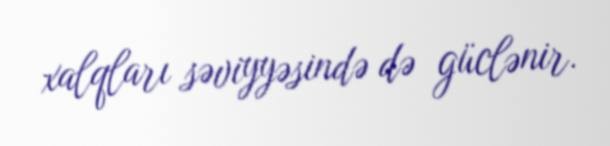
xalqları səviyyəsində də güclənir.